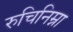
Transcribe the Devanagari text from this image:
रुचिनिम्ना